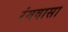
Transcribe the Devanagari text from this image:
रंगवासा